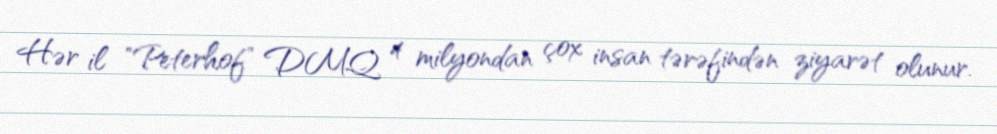
Hər il "Peterhof" DMQ 4 milyondan çox insan tərəfindən ziyarət olunur.